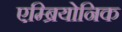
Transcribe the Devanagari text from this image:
एम्ब्रियोनिक